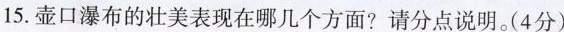
15.壶口瀑布的壮美表现在哪几个方面?请分点说明。(4分)